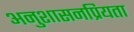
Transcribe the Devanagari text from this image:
अनुशासनप्रियता